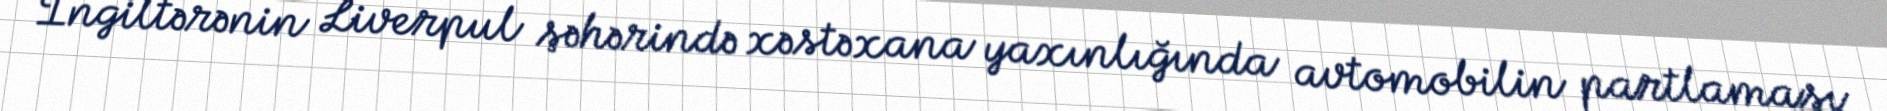
İngiltərənin Liverpul şəhərində xəstəxana yaxınlığında avtomobilin partlaması